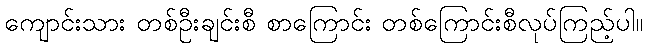
ကျောင်းသား တစ်ဦးချင်းစီ စာကြောင်း တစ်ကြောင်းစီလုပ်ကြည့်ပါ။